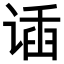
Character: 𬤌